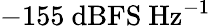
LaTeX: -155~\mathrm{dBFS~Hz^{-1}}